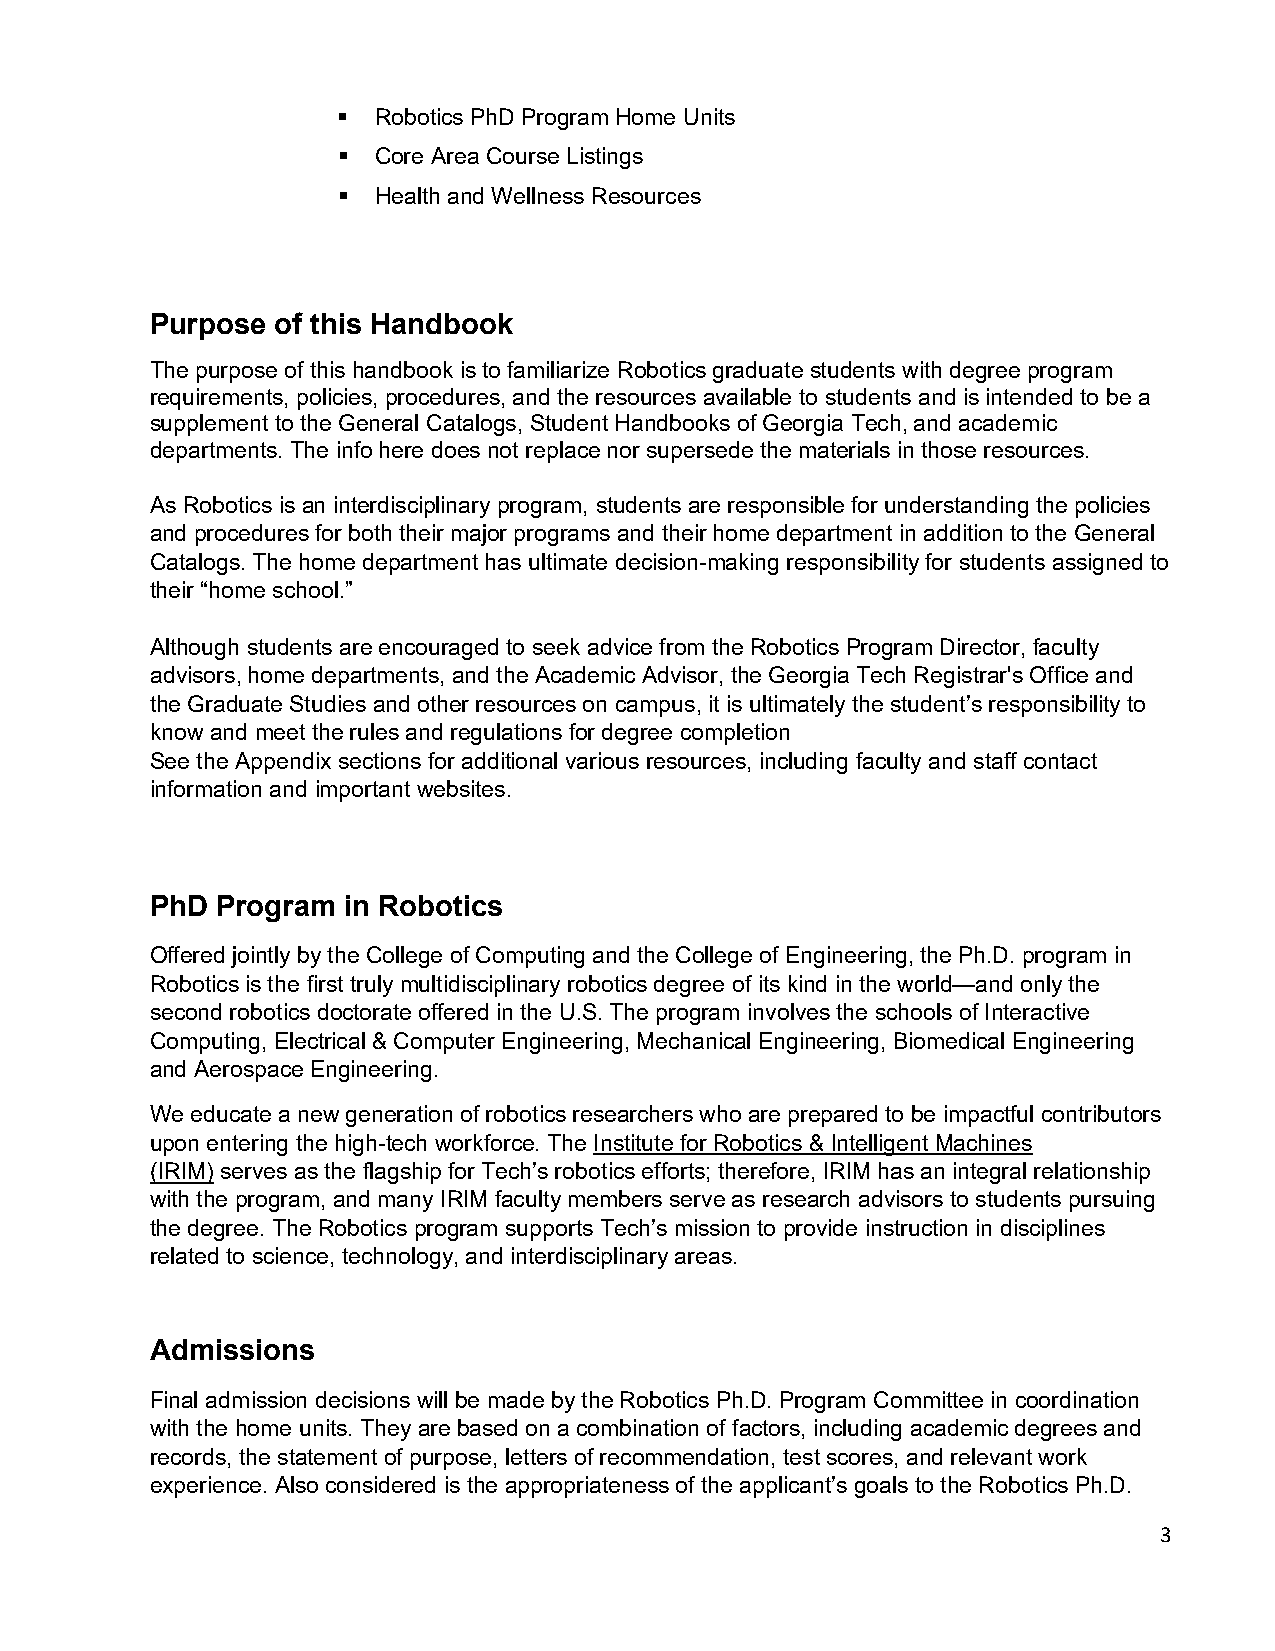
  Robotics PhD Program Home Units
   Core Area Course Listings
   Health and Wellness Resources
 Purpose of this Handbook
 The purpose of this handbook is to familiarize Robotics graduate students with degree program
 requirements, policies, procedures, and the resources available to students and is intended to be a
 supplement to the General Catalogs, Student Handbooks of Georgia Tech, and academic
 departments. The info here does not replace nor supersede the materials in those resources.
 As Robotics is an interdisciplinary program, students are responsible for understanding the policies
 and procedures for both their major programs and their home department in addition to the General
 Catalogs. The home department has ultimate decision-making responsibility for students assigned to
 their “home school.”
 Although students are encouraged to seek advice from the Robotics Program Director, faculty
 advisors, home departments, and the Academic Advisor, the Georgia Tech Registrar's Office and
 the Graduate Studies and other resources on campus, it is ultimately the student’s responsibility to
 know and meet the rules and regulations for degree completion
 See the Appendix sections for additional various resources, including faculty and staff contact
 information and important websites.
 PhD Program  in Robotics
 Offered jointly by the College of Computing and the College of Engineering, the Ph.D. program in
 Robotics is the first truly multidisciplinary robotics degree of its kind in the world—and only the
 second robotics doctorate offered in the U.S. The program involves the schools of Interactive
 Computing, Electrical & Computer Engineering, Mechanical Engineering, Biomedical Engineering
 and Aerospace Engineering.
 We educate a new generation of robotics researchers who are prepared to be impactful contributors
 upon entering the high-tech workforce. The Institute for Robotics & Intelligent Machines
 (IRIM) serves as the flagship for Tech’s robotics efforts; therefore, IRIM has an integral relationship
 with the program, and many IRIM faculty members serve as research advisors to students pursuing
 the degree. The Robotics program supports Tech’s mission to provide instruction in disciplines
 related to science, technology, and interdisciplinary areas.
 Admissions
 Final admission decisions will be made by the Robotics Ph.D. Program Committee in coordination
 with the home units. They are based on a combination of factors, including academic degrees and
 records, the statement of purpose, letters of recommendation, test scores, and relevant work
 experience. Also considered is the appropriateness of the applicant’s goals to the Robotics Ph.D.
 3